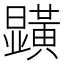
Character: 𭨏